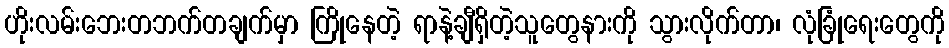
ဟိုးလမ်းဘေးတဘက်တချက်မှာ ကြိုနေတဲ့ ရာနဲ့ချီရှိတဲ့သူတွေနားကို သွားလိုက်တာ၊ လုံခြုံရေးတွေကို